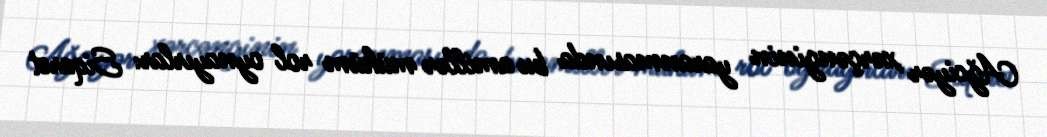
Ağciyər xərçənginin yaranmasında bu amillər mühüm rol oynayırlar: Siqaret